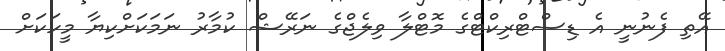
އޭތި ފެނުނީ އެ ޑިސްޓްރިކްޓްގެ މޮޓްލާ ވިލެޖްގެ ނަރޭޝް ކުމާރު ނަމަކަށްކިޔާ މީހަކަށް